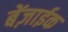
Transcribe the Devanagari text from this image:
बेंज़ाईक